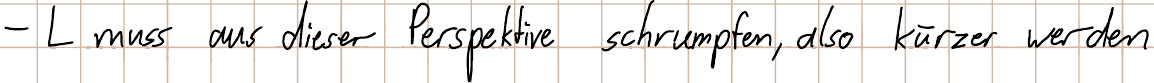
- L muss aus dieser Perspektive schrumpfen, also kürzer werden